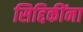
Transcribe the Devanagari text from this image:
सिद्दिकींना